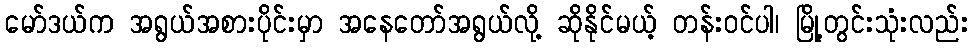
မော်ဒယ်က အရွယ်အစားပိုင်းမှာ အနေတော်အရွယ်လို့ ဆိုနိုင်မယ့် တန်းဝင်ပါ၊ မြို့တွင်းသုံးလည်း